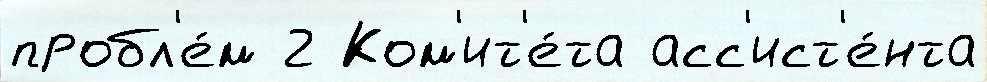
пробл'е́м 2 Ком'ит'е́та асс'ист'е́нта